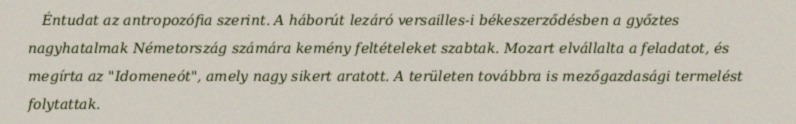
Éntudat az antropozófia szerint. A háborút lezáró versailles-i békeszerződésben a győztes nagyhatalmak Németország számára kemény feltételeket szabtak. Mozart elvállalta a feladatot, és megírta az "Idomeneót", amely nagy sikert aratott. A területen továbbra is mezőgazdasági termelést folytattak.